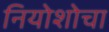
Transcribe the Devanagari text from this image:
नियोशोचा